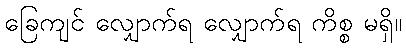
ခြေကျင် လျှောက်ရ လျှောက်ရ ကိစ္စ မရှိ။